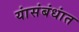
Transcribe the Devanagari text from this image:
यांसंबंधांत